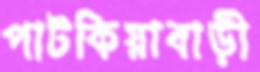
পাটকিয়াবাড়ী